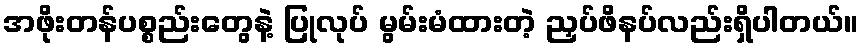
အဖိုးတန်ပစ္စည်းတွေနဲ့ ပြုလုပ် မွမ်းမံထားတဲ့ ညှပ်ဖိနပ်လည်းရှိပါတယ်။